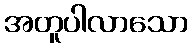
အတူပါလာသော